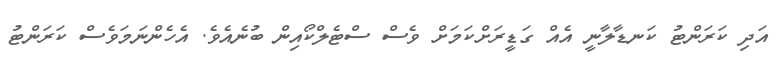
އަދި ކަރަންޓު ކަނޑާލާނީ އެއް ގަޑީރަށްކަމަށް ވެސް ސްޓެލްކޯއިން ބުނެއެވެ. އެހެންނަމަވެސް ކަރަންޓު